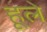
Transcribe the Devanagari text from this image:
हूले